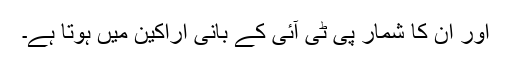
اور ان کا شمار پی ٹی آئی کے بانی اراکین میں ہوتا ہے۔